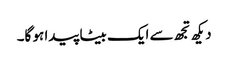
دیکھ تجھ سے ایک بیٹا پیدا ہو گا۔